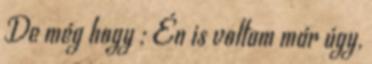
De még hogy : Én is voltam már úgy,